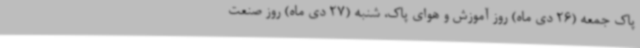
پاک جمعه (26 دی ماه) روز آموزش و هوای پاک، شنبه (27 دی ماه) روز صنعت